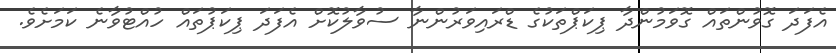
އެފަދަ ގޮވުންތައް ގޮވަމުންދާ ޕިކަޕްތަކުގެ ޑްރައިވަރުންނާ ސުވާލުކޮށް އެފަދަ ޕިކަޕުތައް ހުއްޓުވާނެ ކަމަށެވެ.